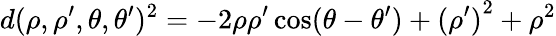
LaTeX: d(\rho,\rho^{\prime},\theta,\theta^{\prime})^{2}=-2\rho\rho^{\prime}\cos(\theta-\theta^{\prime})+{(\rho^{\prime})}^{2}+\rho^{2}